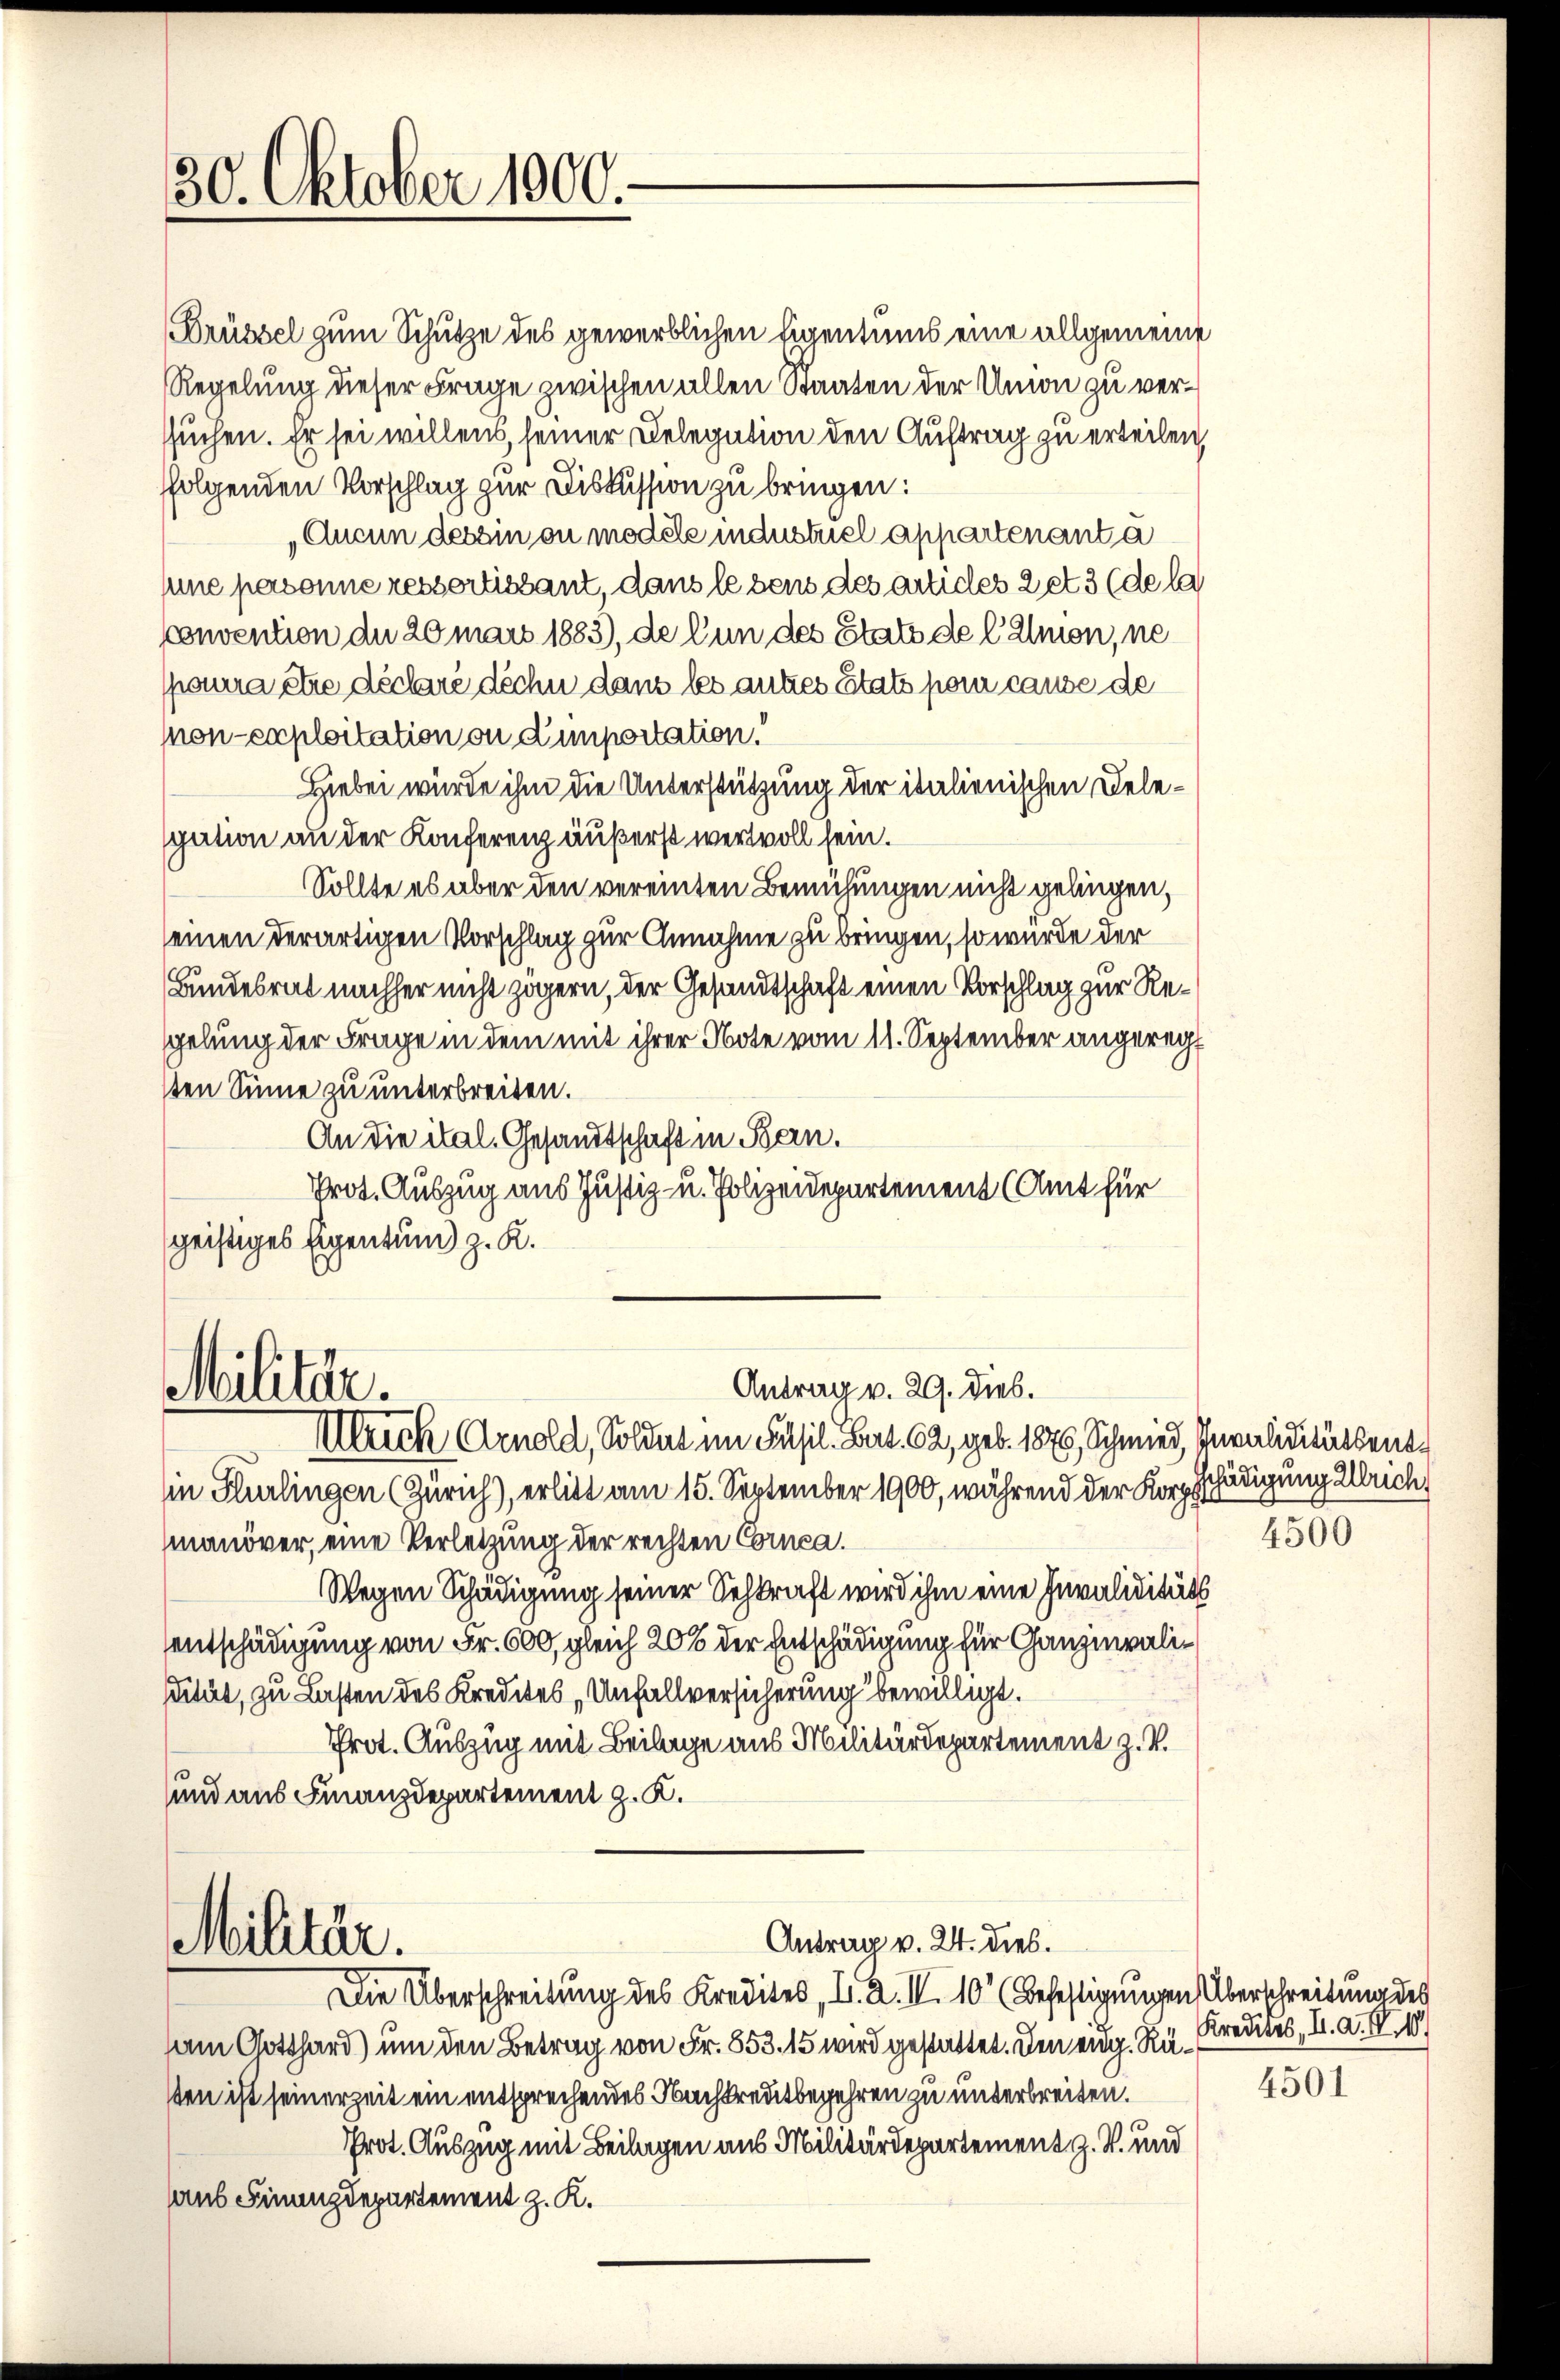
30. Oktober 1000.

Brüssel zum Schutze des gewerblichen Eigentums eine allgemeine
Regelung dieser Frage zwischen allen Staaten der Union zu verssuchen. Er sei willens, seiner Delegation den Auftrag zu erteilen,
ffolgenden Vorschlag zur Diskussion zu bringen:
Aucun dessin ou modele industriel appartenant à
june personne ressortissant, dans lebens des articles 2 et 3 de la
Convention der 20 mars 1883), de l’un des Stats de Canon, ne
paura être déclaré déchu dans les autres Etats pour cause de
Mon-exploitation ou dumportation!
Hiebei wurde ihm die Unterstützung der italienischen Delesiation an der Konferenz äußerst wertvoll sein.
Sollte es aber den vereinten Bemühungen nicht gelingen,
seinen derartigen Vorschlag zur Annahme zu bringen, so würde der
Bundesrat nachher nicht zögern, der Gesandtschaft einen Vorschlag zur Regelung der Frage in dem mit ihrer Note vom 11. September angeregt
sten Sinne zu unterbreiten.
An die ital. Gesandtschaft in Bern,
Prot. Auszug aus Justiz- u. Polizeidepartement (Amt für
geistiges Eigentum z. R.

Antrag v. 29. Dieb.
Militär.
Ulrich Arnold, Soldet im Fäsil. Bat. 62, geb. 1876, Schmied, Vnvaliditätsent¬

in Hürlingen (Zürich), erlitt am 15. September 1900, während der Korpsschädigung Ulrich,
manöver, eine Verletzung der rechten Cornca.
Wegen Schädigung seiner Sehkraft wird ihm eine Invaliditäts
entschädigung von Fr. 600, gleich 20 % der Entschädigung für Ganzinvalititut, zu Lasten des Kredites „Unfallversicherung bewilligt.
Prot. Auszug mit Beilage aus Militärdepartement z. V.
und aus Finanzdepartement z. K.
Antrag v. 24. dies.
Militär.
Die Überschreitung des Kredites, II. R. I. 10 (Befestigungen Überschreitung des
am Gotthard) um den Betrag von Fr. 553. 15 wird gestattet. Den eng. Rästen ist seinerzeit ein entsprechendes Nachkreutbegehren zu unterbreiten.
Prot. Auszug mit Beilagen aus Militärdepartement z. B. und
aus Finanzdepartement z. K.

4500

Kredites, II. A. V.10)
4501